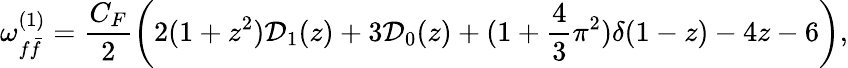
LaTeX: \omega_{f{\bar{f}}}^{(1)}={\frac{C_{F}}{2}}\biggl(2(1+z^{2}){\cal D}_{1}(z)+3{\cal D}_{0}(z)+(1+{\frac{4}{3}}\pi^{2})\delta(1-z)-4z-6\biggr),